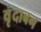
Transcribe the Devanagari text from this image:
वृंदाबन